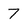
Character: 7